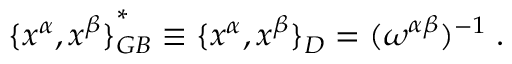
{ \{ x ^ { \alpha } , x ^ { \beta } \} } _ { G B } ^ { \ast } \equiv { \{ x ^ { \alpha } , x ^ { \beta } \} } _ { D } = ( \omega ^ { \alpha \beta } ) ^ { - 1 } \; .